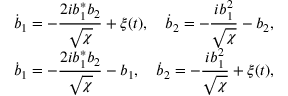
\begin{array} { r l r } & { \displaystyle \dot { b } _ { 1 } = - \frac { 2 i b _ { 1 } ^ { * } b _ { 2 } } { \sqrt { \chi } } + \xi ( t ) , \quad \displaystyle \dot { b } _ { 2 } = - \frac { i b _ { 1 } ^ { 2 } } { { \sqrt { \chi } } } - b _ { 2 } , } & \\ & { \displaystyle \dot { b } _ { 1 } = - \frac { 2 i b _ { 1 } ^ { * } b _ { 2 } } { \sqrt { \chi } } - b _ { 1 } , \quad \displaystyle \dot { b } _ { 2 } = - \frac { i b _ { 1 } ^ { 2 } } { { \sqrt { \chi } } } + \xi ( t ) , } & \end{array}